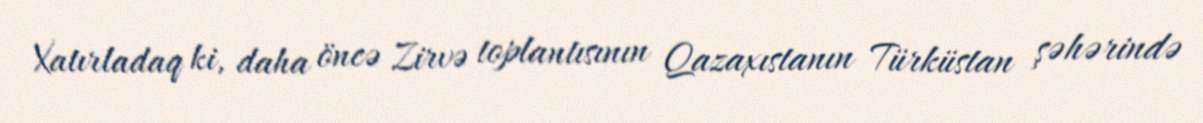
Xatırladaq ki, daha öncə Zirvə toplantısının Qazaxıstanın Türküstan şəhərində